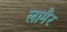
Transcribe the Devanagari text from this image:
लामैर